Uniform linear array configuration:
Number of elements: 48
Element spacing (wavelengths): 0.25
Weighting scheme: exponential
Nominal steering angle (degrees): -15
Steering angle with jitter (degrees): -13.08
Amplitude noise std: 0.05
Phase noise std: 0.05

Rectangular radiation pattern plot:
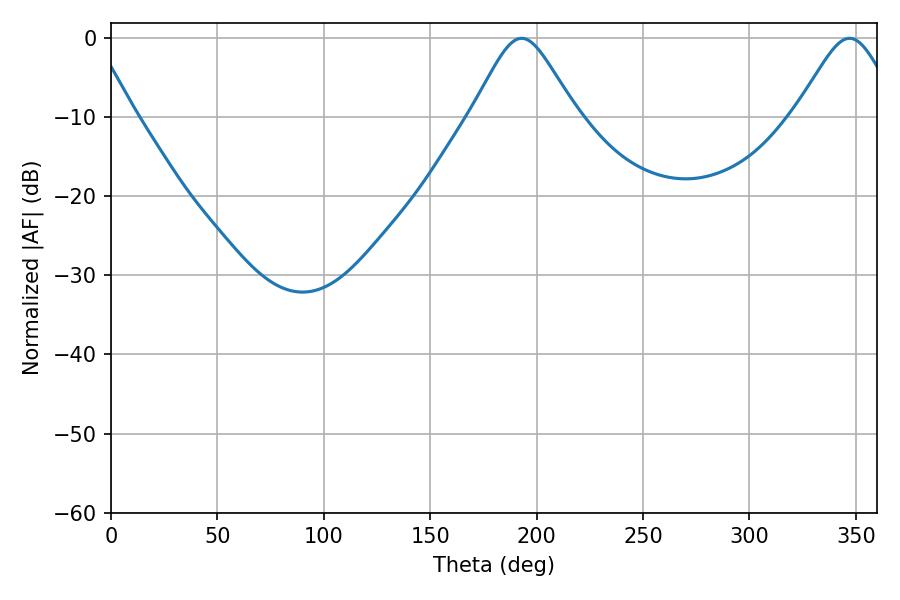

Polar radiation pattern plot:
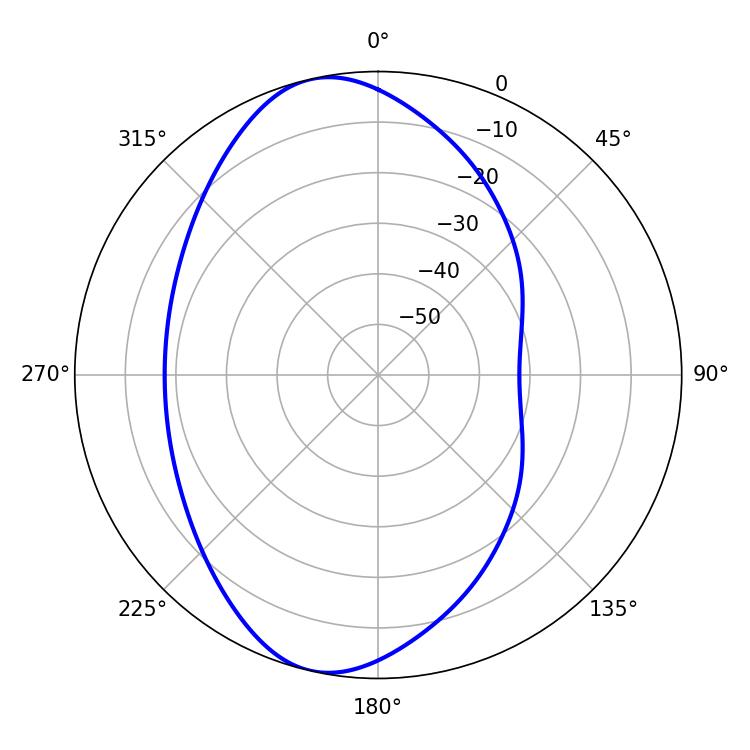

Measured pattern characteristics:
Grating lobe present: FALSE
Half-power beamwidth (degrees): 23.58
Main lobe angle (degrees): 192.96